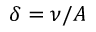
\delta = \nu / A